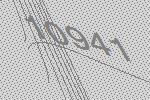
10941